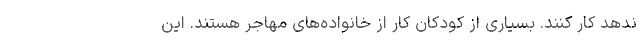
ندهد کار کنند. بسیاری از کودکان کار از خانواده‌های مهاجر هستند. این